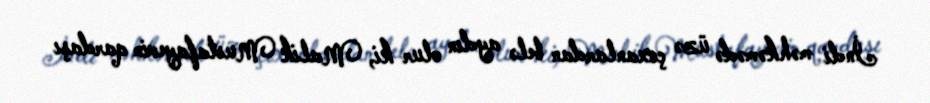
İndi məhkəmədə üzə çıxanlardan belə aydın olur ki, Malik Mustafayevin qardaşı